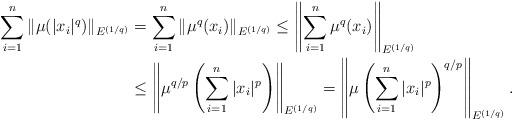
LaTeX: \begin{align*} \sum_{i=1}^n \|\mu(|x_i|^q)\|_{E^{(1/q)}}& =\sum_{i=1}^n \|\mu^q(x_i)\|_{E^{(1/q)}} \le \left\|\sum_{i=1}^n \mu^q(x_i)\right\|_{E^{(1/q)}} \\ & \le \left\| \mu^{q/p} \left(\sum_{i=1}^n |x_i|^p\right)\right\|_{E^{(1/q)}} = \left\| \mu \left(\sum_{i=1}^n |x_i|^p\right)^{q/p}\right\|_{E^{(1/q)}}. \end{align*}